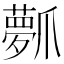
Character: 𤔻